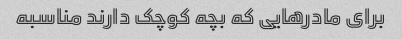
برای مادرهایی که بچه کوچک دارند مناسبه